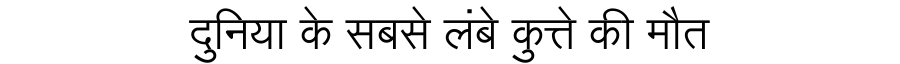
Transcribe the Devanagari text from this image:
दुनिया के सबसे लंबे कुत्ते की मौत